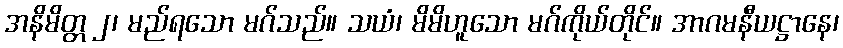
အနိမိတ္တ ၂၊ မည်ရသော မဂ်သည်။ သယံ၊ မိမိဟူသော မဂ်ကိုယ်တိုင်။ အာဂမနီယဋ္ဌာနေ၊